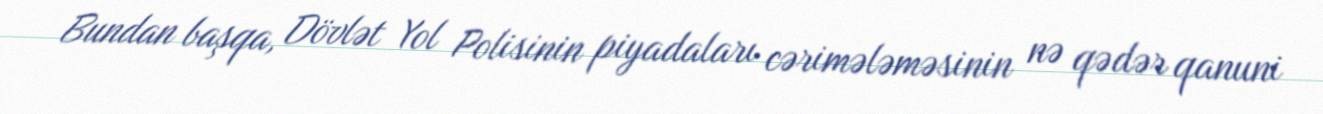
Bundan başqa, Dövlət Yol Polisinin piyadaları cərimələməsinin nə qədər qanuni